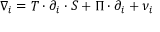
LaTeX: \nabla _ { i } = T \cdot \partial _ { i } \cdot S + \Pi \cdot \partial _ { i } + \nu _ { i }